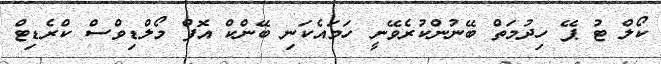
ކޯލް ޓު ޕޭ ހިދުމަތް ބޭނުންކުރެވޭނީ ހަމައެކަނި ބޭންކް އޮފް މޯލްޑިވްސް ކްރެޑިޓް